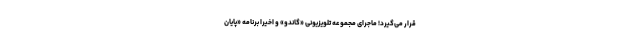
قرار می‌گیرد! ماجرای مجموعه تلویزیونی «گاندو» و اخیراً برنامه «پایان